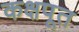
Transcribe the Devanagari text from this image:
कक्षपूत